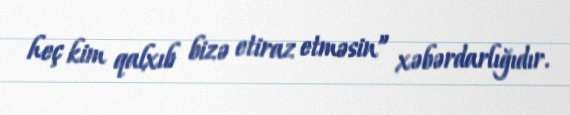
heç kim qalxıb bizə etiraz etməsin” xəbərdarlığıdır.